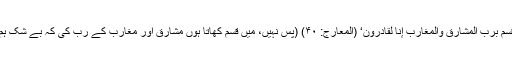
مثلاً: ’فَلَا أُقْسِمُ بِرَبِّ الْمَشَارِقِ وَالْمَغَارِبِ إِنَّا لَقَادِرُونَ‘ (المعارج: ۴۰) (پس نہیں، میں قسم کھاتا ہوں مشارق اور مغارب کے رب کی کہ بے شک ہم قادر ہیں)۔